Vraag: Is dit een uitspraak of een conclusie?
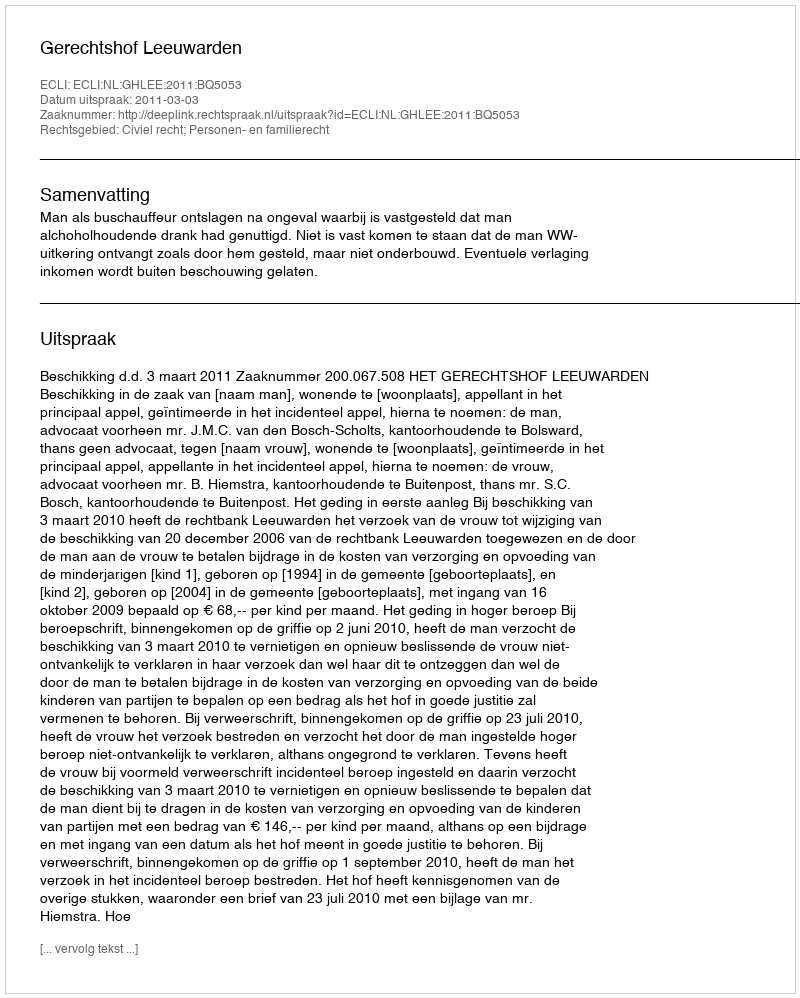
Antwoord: Uitspraak